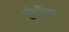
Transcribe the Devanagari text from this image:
एंडीस